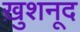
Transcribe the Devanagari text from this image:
ख़ुशनूद